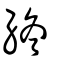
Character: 終